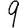
Digit: 9